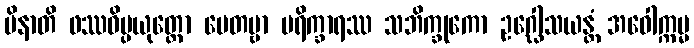
မိနာတိ ဖဿဝိပ္ပယုတ္တော မေတဗ္ဗာ ပရိက္ခာရဿ သဘိက္ခုကော ဥဂ္ဃေါသယန္တံ အဝေါက္ကမ္မ